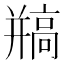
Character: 𩫐